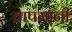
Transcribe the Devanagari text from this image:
तापमानी